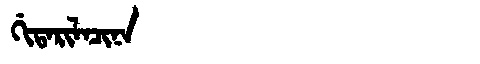
Manchu: ᡤᡳᡨᠠᡵᡳᠯᠠᠴᡳᠨᠠ
Romanization: GITARILACINA